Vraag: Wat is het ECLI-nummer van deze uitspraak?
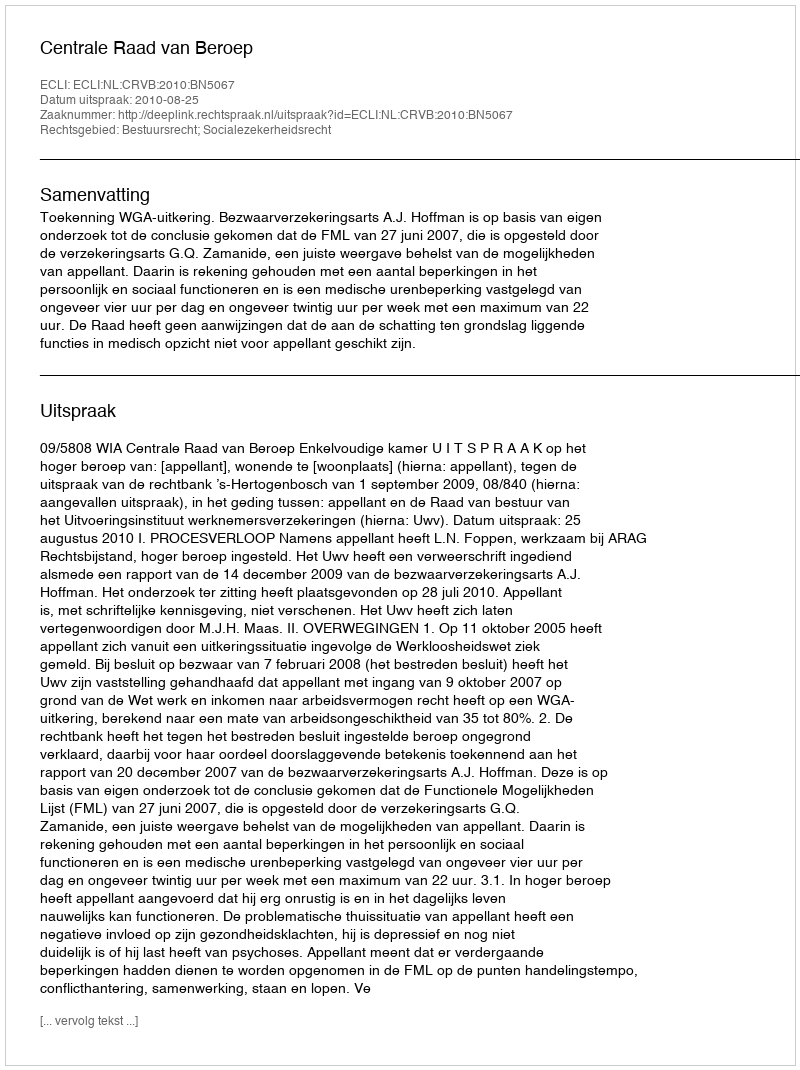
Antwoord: ECLI:NL:CRVB:2010:BN5067